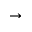
\to